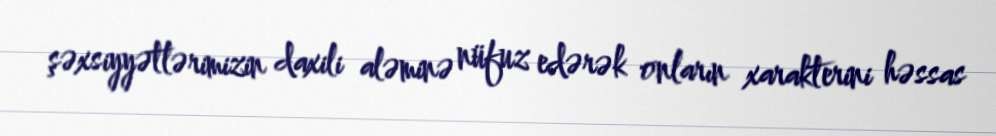
şəxsiyyətlərimizin daxili aləminə nüfuz edərək onların xarakterini həssas